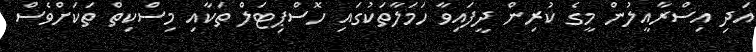
އަދި އިސްރާއީލުން މީގެ ކުރިން ދީފައިވާ ހަމަލާތަކުގައި ހޮސްޕިޓަލް ތަކާއި މިސްކިތް ތަކަށްވެސް